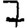
Digit: 7